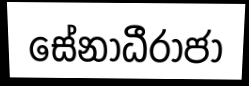
සේනාධීරාජා